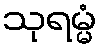
သုရမ္မံ